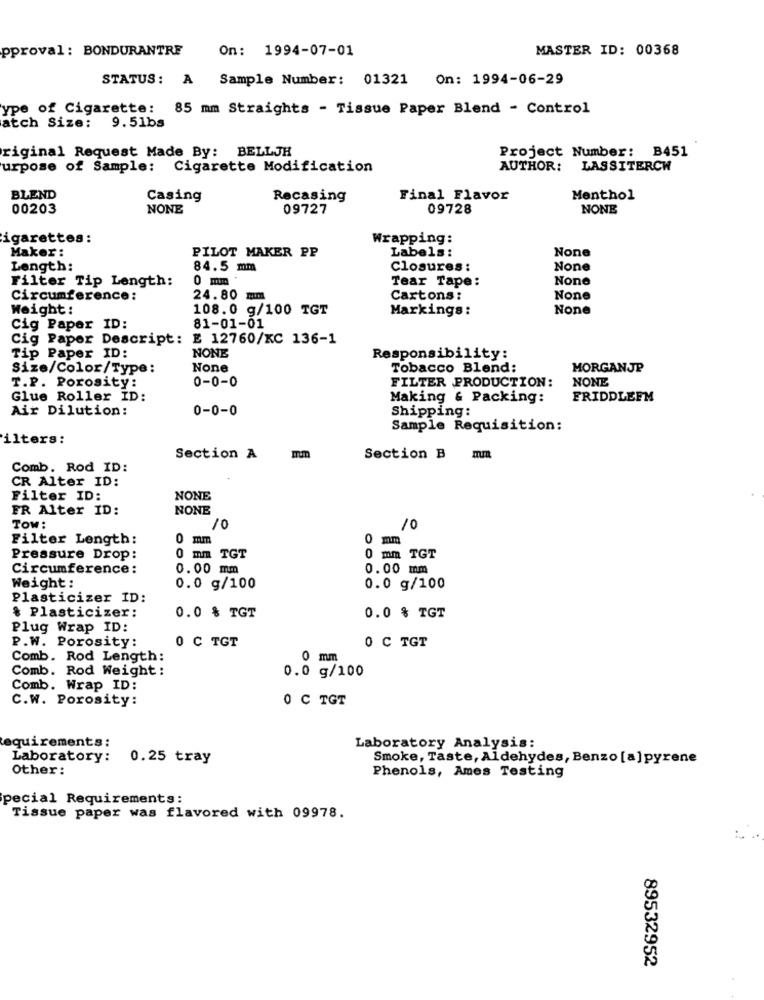
pproval : BONDURANTRE
On: 1994-07-01
MASTER ID: 00368
STATUS: A Sample Number: 01321 On: 1994-06-29
ype of Cigarette: 85 mm Straights - Tissue Paper Blend - Control
atch Size: 9.51bs
Project Number: B451
riginal Request Made By: BELLJH
urpose of Sample: Cigarette Modification
AUTHOR: LASSITERCW
BLEND
Casing
Recasing
Final Flavor
Menthol
00203
NONE
09727
09728
NONE
igarettes:
Wrapping:
Maker:
PILOT MAKER PP
Labels:
Length:
84.5 mm
Closures:
0 mm
Tear Tape:
Filter Tip Length:
Circumference:
24.80 m
Cartons:
Weight:
108.0 g/100 TGT
Markings:
Cig Paper ID:
81-01-01
Cig Paper Descript: E 12760/KC 136-1
NONE
Tip Paper ID:
Responsibility:
Size/Color/Type:
Tobacco Blend:
MORGANJP
0-0-0
FILTER PRODUCTION:
NONE
T.P. Porosity:
Glue Roller ID:
Making & Packing:
FRIDDLEFM
Air Dilution:
0-0-0
Shipping:
Sample Requisition:
ilters:
Section A
Section B
mm
Comb. Rod ID:
CR Alter ID:
Filter ID:
NONE
FR Alter ID:
NONE
TOw:
10
10
Filter Length:
0 mm
0 mm
Pressure Drop:
0 mm TGT
0 mm TGT
Circumference:
0.00 mm
0.00 mm
Weight :
0.0 g/100
0.0 g/100
Plasticizer ID:
& Plasticizer:
0.0 % TGT
0.0 % TGT
Plug Wrap ID:
P.W. Porosity:
0 C TGT
0 C TGT
Comb. Rod Length:
mm
Comb. Rod Weight :
0.0 g/100
Comb. Wrap ID:
C.W. Porosity:
0 C TGT
Requirements:
Laboratory Analysis:
Laboratory:
0.25 tray
Smoke, Taste, Aldehydes, Benzo [a] pyrene
Other:
Phenols, Ames Testing
pecial Requirements:
Tissue paper was flavored with 09978.
89532952